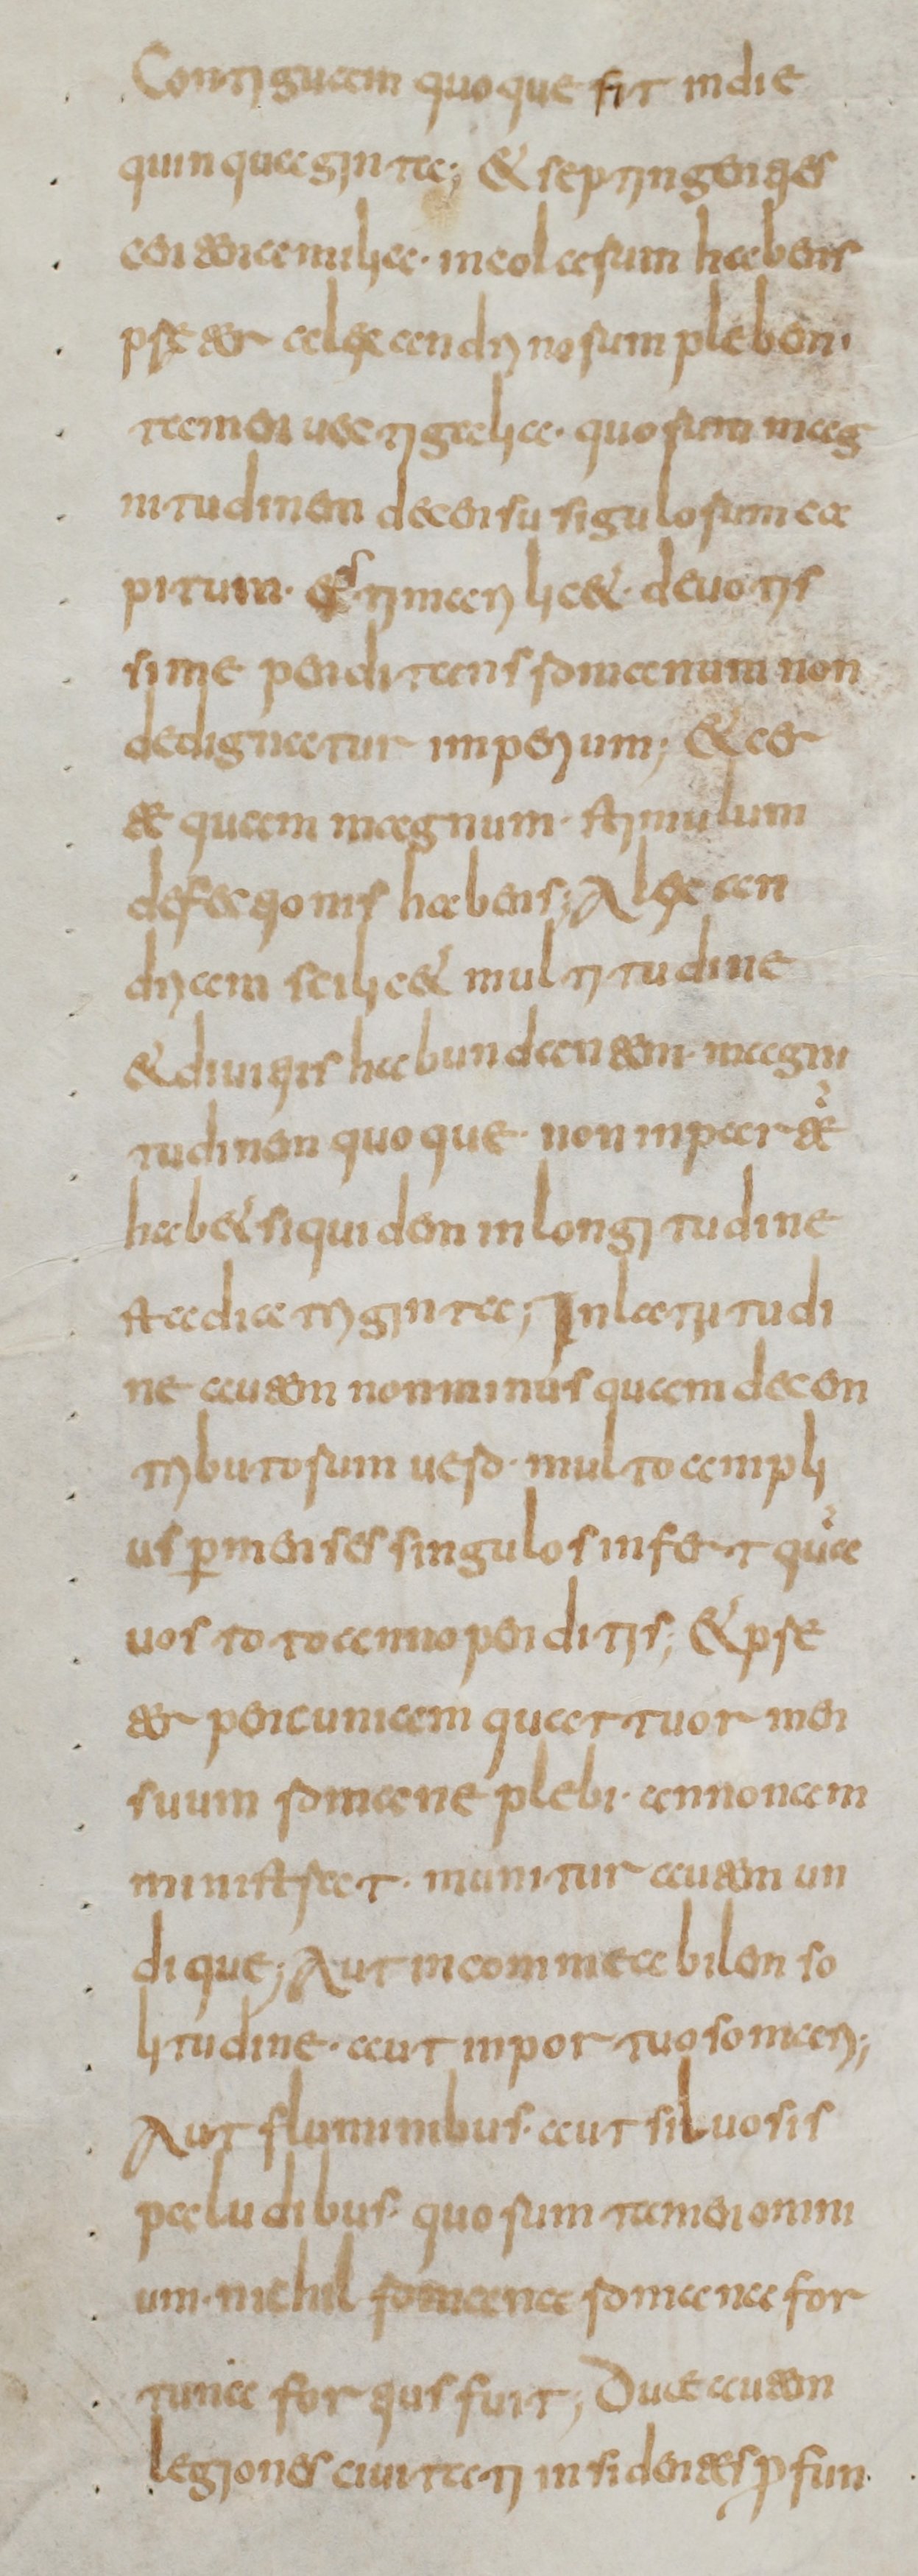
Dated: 800–849